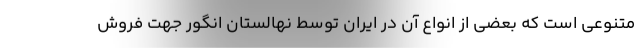
متنوعی است که بعضی از انواع آن در ایران توسط نهالستان انگور جهت فروش